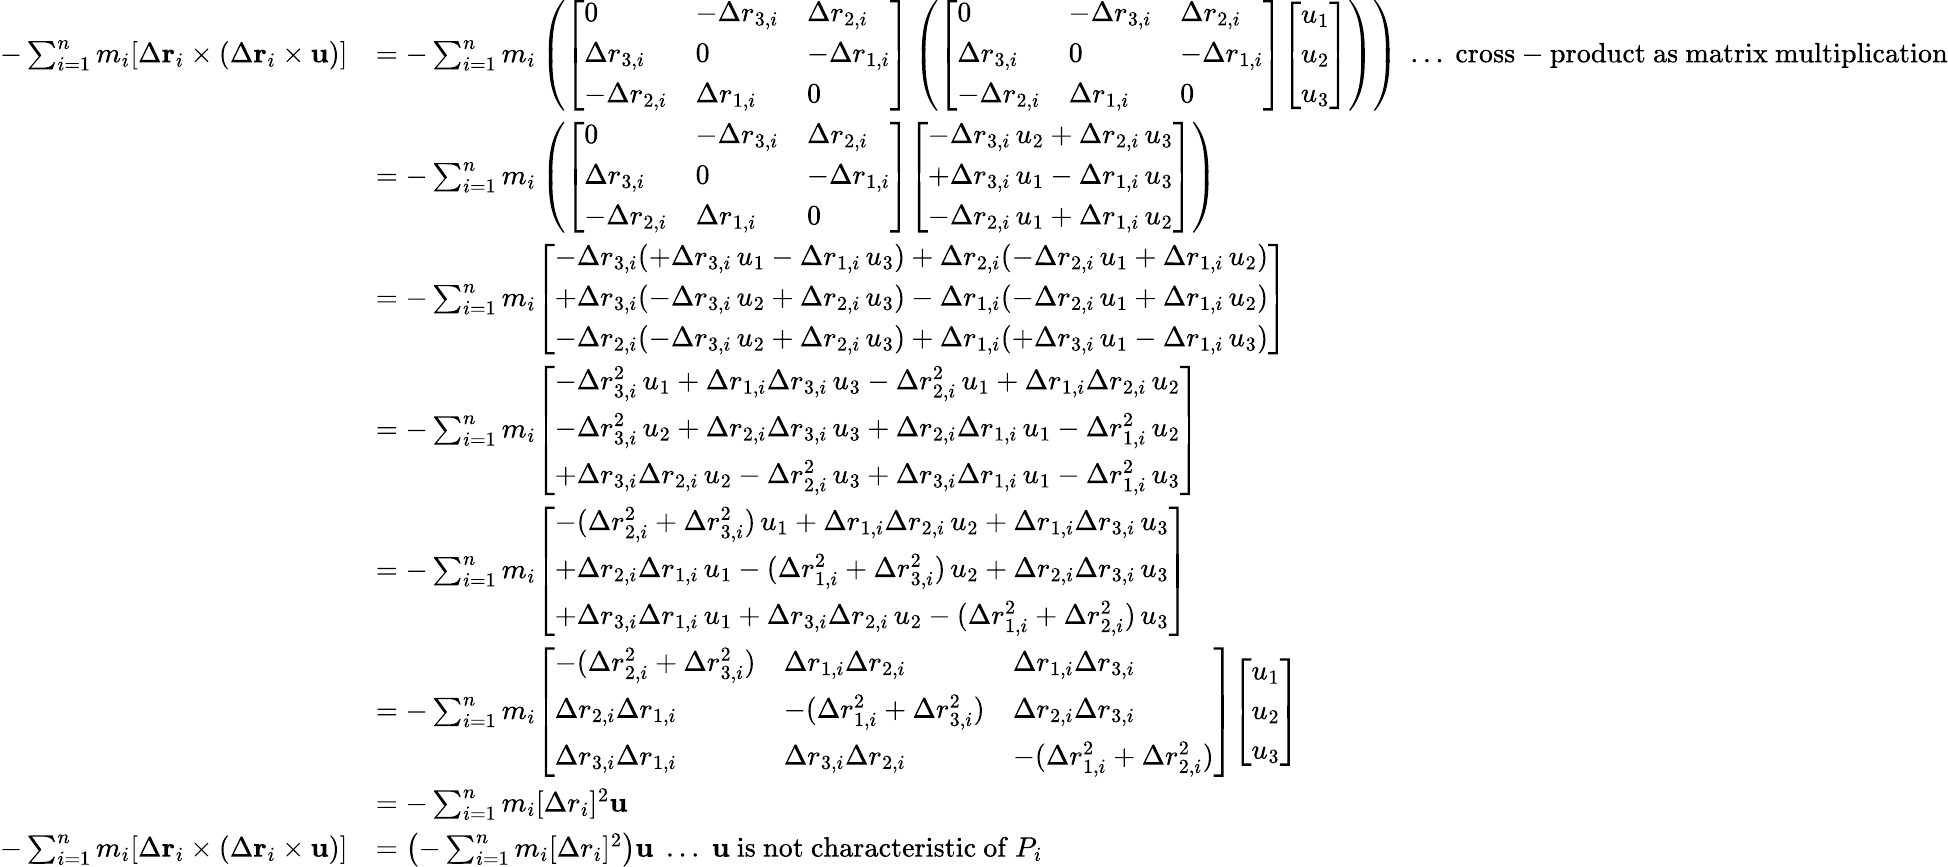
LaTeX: {\begin{array}{rl}{-\sum_{i=1}^{n}m_{i}[\Delta\mathbf{r}_{i}\times(\Delta\mathbf{r}_{i}\times\mathbf{u})]}&{=-\sum_{i=1}^{n}m_{i}\left({\left[\begin{array}{lll}{0}&{-\Delta r_{3,i}}&{\Delta r_{2,i}}\\ {\Delta r_{3,i}}&{0}&{-\Delta r_{1,i}}\\ {-\Delta r_{2,i}}&{\Delta r_{1,i}}&{0}\end{array}\right]}\left({\left[\begin{array}{lll}{0}&{-\Delta r_{3,i}}&{\Delta r_{2,i}}\\ {\Delta r_{3,i}}&{0}&{-\Delta r_{1,i}}\\ {-\Delta r_{2,i}}&{\Delta r_{1,i}}&{0}\end{array}\right]}{\left[\begin{array}{l}{u_{1}}\\ {u_{2}}\\ {u_{3}}\end{array}\right]}\right)\right)\; \ldots{\mathrm{~cross-product~as~matrix~multiplication}}}\\ &{=-\sum_{i=1}^{n}m_{i}\left({\left[\begin{array}{lll}{0}&{-\Delta r_{3,i}}&{\Delta r_{2,i}}\\ {\Delta r_{3,i}}&{0}&{-\Delta r_{1,i}}\\ {-\Delta r_{2,i}}&{\Delta r_{1,i}}&{0}\end{array}\right]}{\left[\begin{array}{l}{-\Delta r_{3,i}\, u_{2}+\Delta r_{2,i}\, u_{3}}\\ {+\Delta r_{3,i}\, u_{1}-\Delta r_{1,i}\, u_{3}}\\ {-\Delta r_{2,i}\, u_{1}+\Delta r_{1,i}\, u_{2}}\end{array}\right]}\right)}\\ &{=-\sum_{i=1}^{n}m_{i}{\left[\begin{array}{l}{-\Delta r_{3,i}(+\Delta r_{3,i}\, u_{1}-\Delta r_{1,i}\, u_{3})+\Delta r_{2,i}(-\Delta r_{2,i}\, u_{1}+\Delta r_{1,i}\, u_{2})}\\ {+\Delta r_{3,i}(-\Delta r_{3,i}\, u_{2}+\Delta r_{2,i}\, u_{3})-\Delta r_{1,i}(-\Delta r_{2,i}\, u_{1}+\Delta r_{1,i}\, u_{2})}\\ {-\Delta r_{2,i}(-\Delta r_{3,i}\, u_{2}+\Delta r_{2,i}\, u_{3})+\Delta r_{1,i}(+\Delta r_{3,i}\, u_{1}-\Delta r_{1,i}\, u_{3})}\end{array}\right]}}\\ &{=-\sum_{i=1}^{n}m_{i}{\left[\begin{array}{l}{-\Delta r_{3,i}^{2}\, u_{1}+\Delta r_{1,i}\Delta r_{3,i}\, u_{3}-\Delta r_{2,i}^{2}\, u_{1}+\Delta r_{1,i}\Delta r_{2,i}\, u_{2}}\\ {-\Delta r_{3,i}^{2}\, u_{2}+\Delta r_{2,i}\Delta r_{3,i}\, u_{3}+\Delta r_{2,i}\Delta r_{1,i}\, u_{1}-\Delta r_{1,i}^{2}\, u_{2}}\\ {+\Delta r_{3,i}\Delta r_{2,i}\, u_{2}-\Delta r_{2,i}^{2}\, u_{3}+\Delta r_{3,i}\Delta r_{1,i}\, u_{1}-\Delta r_{1,i}^{2}\, u_{3}}\end{array}\right]}}\\ &{=-\sum_{i=1}^{n}m_{i}{\left[\begin{array}{l}{-(\Delta r_{2,i}^{2}+\Delta r_{3,i}^{2})\, u_{1}+\Delta r_{1,i}\Delta r_{2,i}\, u_{2}+\Delta r_{1,i}\Delta r_{3,i}\, u_{3}}\\ {+\Delta r_{2,i}\Delta r_{1,i}\, u_{1}-(\Delta r_{1,i}^{2}+\Delta r_{3,i}^{2})\, u_{2}+\Delta r_{2,i}\Delta r_{3,i}\, u_{3}}\\ {+\Delta r_{3,i}\Delta r_{1,i}\, u_{1}+\Delta r_{3,i}\Delta r_{2,i}\, u_{2}-(\Delta r_{1,i}^{2}+\Delta r_{2,i}^{2})\, u_{3}}\end{array}\right]}}\\ &{=-\sum_{i=1}^{n}m_{i}{\left[\begin{array}{lll}{-(\Delta r_{2,i}^{2}+\Delta r_{3,i}^{2})}&{\Delta r_{1,i}\Delta r_{2,i}}&{\Delta r_{1,i}\Delta r_{3,i}}\\ {\Delta r_{2,i}\Delta r_{1,i}}&{-(\Delta r_{1,i}^{2}+\Delta r_{3,i}^{2})}&{\Delta r_{2,i}\Delta r_{3,i}}\\ {\Delta r_{3,i}\Delta r_{1,i}}&{\Delta r_{3,i}\Delta r_{2,i}}&{-(\Delta r_{1,i}^{2}+\Delta r_{2,i}^{2})}\end{array}\right]}{\left[\begin{array}{l}{u_{1}}\\ {u_{2}}\\ {u_{3}}\end{array}\right]}}\\ &{=-\sum_{i=1}^{n}m_{i}[\Delta r_{i}]^{2}\mathbf{u}}\\ {-\sum_{i=1}^{n}m_{i}[\Delta\mathbf{r}_{i}\times(\Delta\mathbf{r}_{i}\times\mathbf{u})]}&{=\left(-\sum_{i=1}^{n}m_{i}[\Delta r_{i}]^{2}\right)\mathbf{u}\; \ldots\; \mathbf{u}{\mathrm{~is~not~characteristic~of~}}P_{i}}\end{array}}